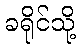
ခရိုင်သို့